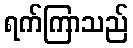
ရက်ကြာသည်